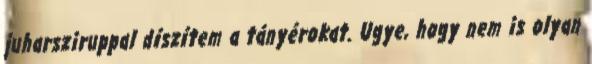
juharsziruppal díszítem a tányérokat. Ugye, hogy nem is olyan